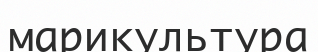
марикультура